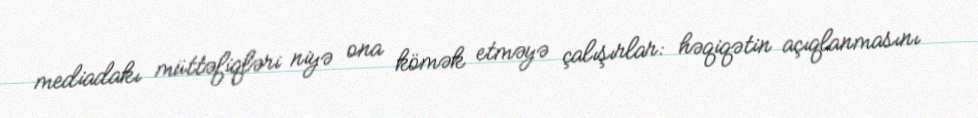
mediadakı müttəfiqləri niyə ona kömək etməyə çalışırlar: həqiqətin açıqlanmasını